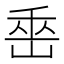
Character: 𡷩